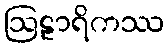
ဩဠာရိကဿ